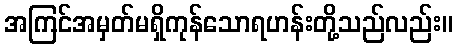
အကြင်အမှတ်မရှိကုန်သောရဟန်းတို့သည်လည်း။